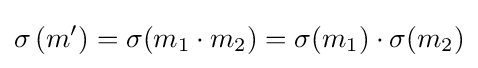
\sigma \left(m'\right)=\sigma (m_{1}\cdot m_{2})=\sigma (m_{1})\cdot \sigma (m_{2})